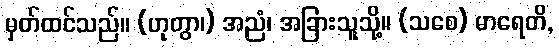
မှတ်ထင်သည်။ (ဟုတွာ၊) အညံ၊ အခြားသူသို့။ (သစေ) မာရေတိ,